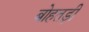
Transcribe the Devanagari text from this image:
बोहतड़ी